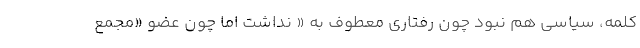
کلمه، سیاسی هم نبود چون رفتاری معطوف به « نداشت اما چون عضو «مجمع